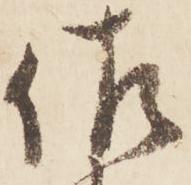
佐